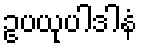
ဥပယုပါဒါနံ